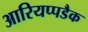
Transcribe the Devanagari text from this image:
आरियप्पडैक